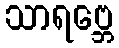
သာရဗ္ဘေ